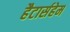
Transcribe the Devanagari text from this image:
हैटार्सहेम